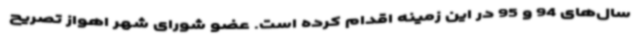
سال‌های 94 و 95 در این زمینه اقدام کرده است. عضو شورای شهر اهواز تصریح